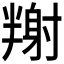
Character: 𡭉